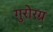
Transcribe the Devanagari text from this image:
गुरोरग्र